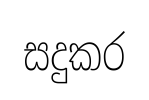
සදුකර